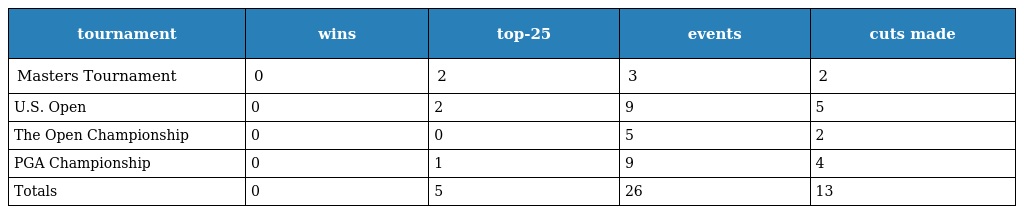
| tournament | wins | top-25 | events | cuts made |
 | --- | --- | --- | --- | --- |
 | Masters Tournament | 0 | 2 | 3 | 2 |
 | U.S. Open | 0 | 2 | 9 | 5 |
 | The Open Championship | 0 | 0 | 5 | 2 |
 | PGA Championship | 0 | 1 | 9 | 4 |
 | Totals | 0 | 5 | 26 | 13 |